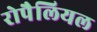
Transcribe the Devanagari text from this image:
रोपैलियल